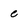
Character: e